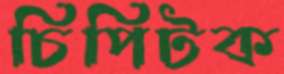
চিপিটক